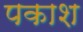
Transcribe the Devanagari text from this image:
पकाश